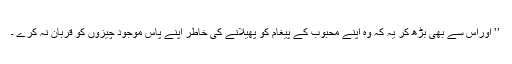
’’ اوراس سے بھی بڑھ کر یہ کہ وہ اپنے محبوب کے پیغام کو پھیلانے کی خاطر اپنے پاس موجود چیزوں کو قربان نہ کرے ۔